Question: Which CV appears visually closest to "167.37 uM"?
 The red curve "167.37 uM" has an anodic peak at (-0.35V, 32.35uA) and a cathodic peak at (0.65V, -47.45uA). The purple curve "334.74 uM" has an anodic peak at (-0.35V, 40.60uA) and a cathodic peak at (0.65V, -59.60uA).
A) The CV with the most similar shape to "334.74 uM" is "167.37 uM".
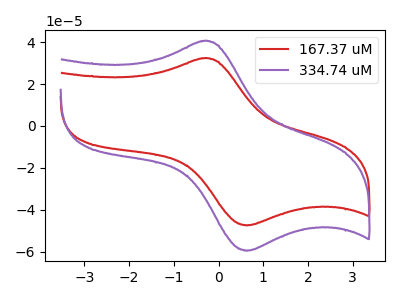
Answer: <think>All the peaks in "167.37 uM" have a peak in "334.74 uM" at the same potential. Every peak in "167.37 uM" is lower than every peak in "334.74 uM".
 </think>
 <answer>A) The CV with the most similar shape to "334.74 uM" is "167.37 uM".</answer>
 <eval>A</eval>